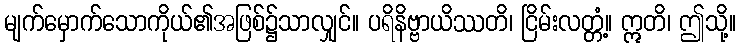
မျက်မှောက်သောကိုယ်၏အဖြစ်၌သာလျှင်။ ပရိနိဗ္ဗာယိဿတိ၊ ငြိမ်းလတ္တံ့။ ဣတိ၊ ဤသို့။